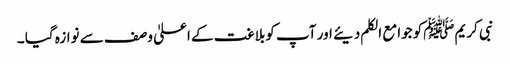
نبی کریمﷺکو جوامع الکلم دیئے اور آپ کوبلاغت کے اعلیٰ وصف سے نوازہ گیا ۔